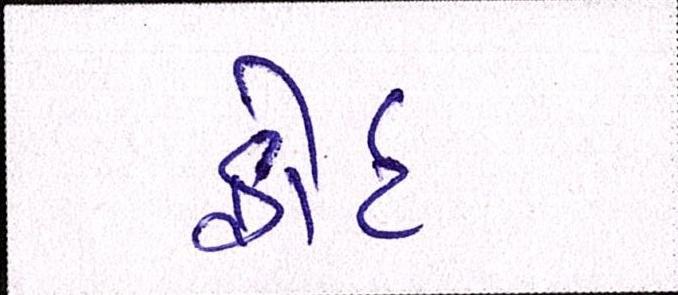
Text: ફોર્ટ